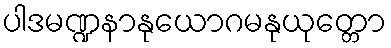
ပါဒမဏ္ဍနာနုယောဂမနုယုတ္တော